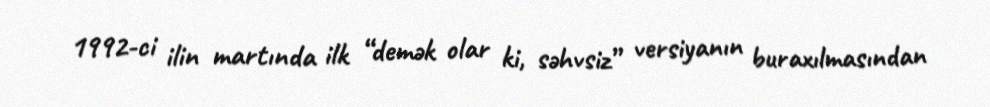
1992-ci ilin martında ilk “demək olar ki, səhvsiz” versiyanın buraxılmasından